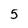
Character: 5